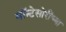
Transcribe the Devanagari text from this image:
मॉन्टेसोरींच्या